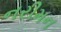
નરીમન